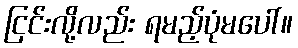
ငြင်းလို့လည်း ရမည့်ပုံမပေါ်။